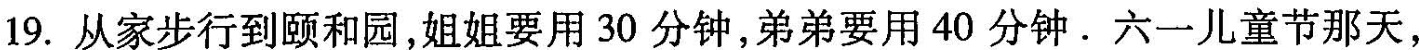
19. 从家步行到颐和园，姐姐要用 30 分钟，弟弟要用 40 分钟. 六一儿童节那天，